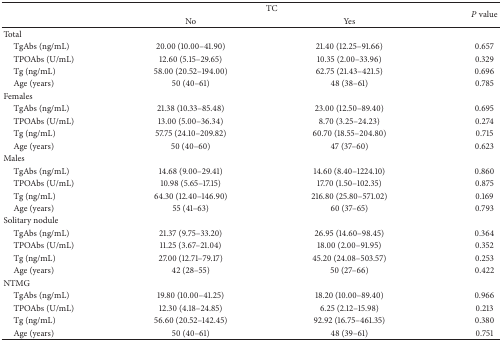
<table><thead><tr><td><b> </b></td><td colspan="2"><b>TC</b></td><td rowspan="2"><b><i>P</i> value</b></td></tr><tr><td><b> </b></td><td><b>No</b></td><td><b>Yes</b></td></tr></thead><tbody><tr><td>Total</td><td> </td><td> </td><td> </td></tr><tr><td> TgAbs (ng/mL)</td><td>20.00 (10.00–41.90)</td><td>21.40 (12.25–91.66)</td><td>0.657</td></tr><tr><td> TPOAbs (U/mL)</td><td>12.60 (5.15–29.65)</td><td>10.35 (2.00–33.96)</td><td>0.329</td></tr><tr><td> Tg (ng/mL)</td><td>58.00 (20.52–194.00)</td><td>62.75 (21.43–421.5)</td><td>0.696</td></tr><tr><td> Age (years)</td><td>50 (40–61)</td><td>48 (38–61)</td><td>0.785</td></tr><tr><td>Females</td><td> </td><td> </td><td> </td></tr><tr><td> TgAbs (ng/mL)</td><td>21.38 (10.33–85.48)</td><td>23.00 (12.50–89.40)</td><td>0.695</td></tr><tr><td> TPOAbs (U/mL)</td><td>13.00 (5.00–36.34)</td><td>8.70 (3.25–24.23)</td><td>0.274</td></tr><tr><td> Tg (ng/mL)</td><td>57.75 (24.10–209.82)</td><td>60.70 (18.55–204.80)</td><td>0.715</td></tr><tr><td> Age (years)</td><td>50 (40–60)</td><td>47 (37–60)</td><td>0.623</td></tr><tr><td>Males</td><td> </td><td> </td><td> </td></tr><tr><td> TgAbs (ng/mL)</td><td>14.68 (9.00–29.41)</td><td>14.60 (8.40–1224.10)</td><td>0.860</td></tr><tr><td> TPOAbs (U/mL)</td><td>10.98 (5.65–17.15)</td><td>17.70 (1.50–102.35)</td><td>0.875</td></tr><tr><td> Tg (ng/mL)</td><td>64.30 (12.40–146.90)</td><td>216.80 (25.80–571.02)</td><td>0.169</td></tr><tr><td> Age (years)</td><td>55 (41–63)</td><td>60 (37–65)</td><td>0.793</td></tr><tr><td>Solitary nodule</td><td> </td><td> </td><td> </td></tr><tr><td> TgAbs (ng/mL)</td><td>21.37 (9.75–33.20)</td><td>26.95 (14.60–98.45)</td><td>0.364</td></tr><tr><td> TPOAbs (U/mL)</td><td>11.25 (3.67–21.04)</td><td>18.00 (2.00–91.95)</td><td>0.352</td></tr><tr><td> Tg (ng/mL)</td><td>27.00 (12.71–79.17)</td><td>45.20 (24.08–503.57)</td><td>0.253</td></tr><tr><td> Age (years)</td><td>42 (28–55)</td><td>50 (27–66)</td><td>0.422</td></tr><tr><td>NTMG</td><td> </td><td> </td><td> </td></tr><tr><td> TgAbs (ng/mL)</td><td>19.80 (10.00–41.25)</td><td>18.20 (10.00–89.40)</td><td>0.966</td></tr><tr><td> TPOAbs (U/mL)</td><td>12.30 (4.18–24.85)</td><td>6.25 (2.12–15.98)</td><td>0.213</td></tr><tr><td> Tg (ng/mL)</td><td>56.60 (20.52–142.45)</td><td>92.92 (16.75–461.35)</td><td>0.380</td></tr><tr><td> Age (years)</td><td>50 (40–61)</td><td>48 (39–61)</td><td>0.751</td></tr></tbody></table>